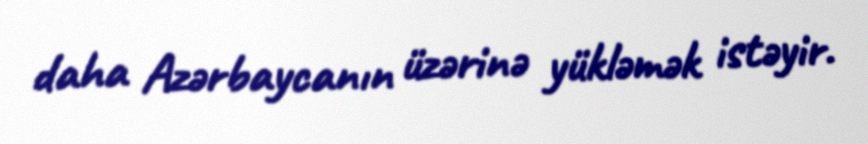
daha Azərbaycanın üzərinə yükləmək istəyir.